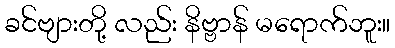
ခင်ဗျားတို့ လည်း နိဗ္ဗာန် မရောက်ဘူး။